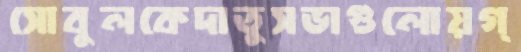
সোবুলকেদাতুসভাগুলোয়গ্